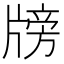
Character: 牓